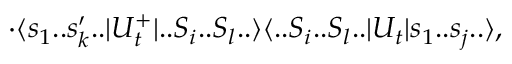
\cdot \langle s _ { 1 } . . s _ { k } ^ { \prime } . . | U _ { t } ^ { + } | . . S _ { i } . . S _ { l } . . \rangle \langle . . S _ { i } . . S _ { l } . . | U _ { t } | s _ { 1 } . . s _ { j } . . \rangle ,